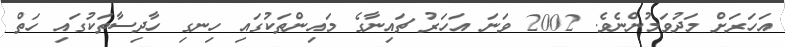
އަހަރަށް މަދުވަމުންނެވެ. 2002 ވަނަ އަހަރު ޗައިނާގެ މައިންތަކުގައި ހިނގި ހާދިސާތަކުގައި ހަތް